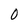
Character: 0